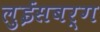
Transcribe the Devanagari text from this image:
लुईसबर्ग